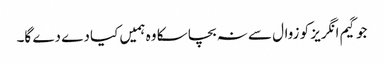
جو گیم انگریز کو زوال سے نہ بچا سکا وہ ہمیں کیا دے دے گا۔